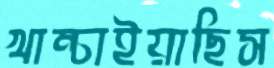
খাম্‌চাইয়াছিস